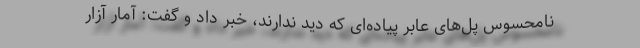
نامحسوس پل‌های عابر پیاده‌ای که دید ندارند، خبر داد و گفت: آمار آزار